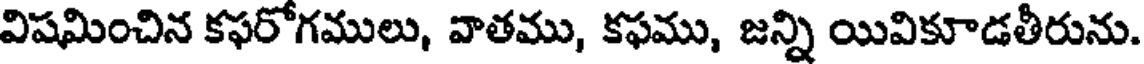
విషమించిన కఫరోగములు, వాతము, కఫము, జన్ని యివికూడతీరును.